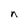
Character: n